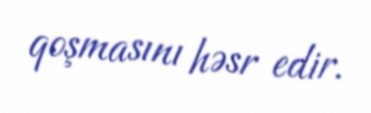
qoşmasını həsr edir.